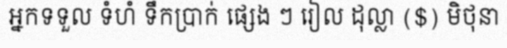
អ្នកទទួល ទំហំ ទឹកប្រាក់ ផ្សេង ៗ រៀល ដុល្លា ($) មិថុនា